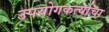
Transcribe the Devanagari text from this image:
उपयोगकर्त्याचा